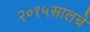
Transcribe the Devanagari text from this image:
२०१५सालचे